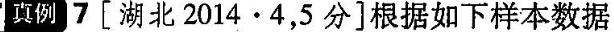
真例7 [湖北2014·4，5分]根据如下样本数据